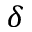
\delta